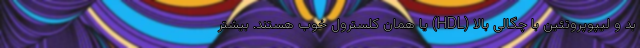
بد و لیپوپروتئین با چگالی بالا (HDL) یا همان کلسترول خوب هستند. بیشتر